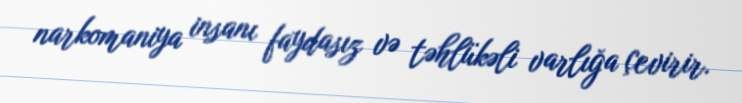
narkomaniya insanı faydasız və təhlükəli varlığa çevirir.